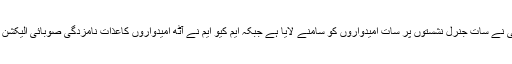
سندھ سے پاکستان پیپلزپارٹی نے سات جنرل نشستوں پر سات امیدواروں کو سامنے لایا ہے جبکہ ایم کیو ایم نے آٹھ امیدواروں کاعذات نامزدگی صوبائی الیکشن کمیشن میں جمع کرائے ہیں۔